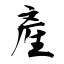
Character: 產